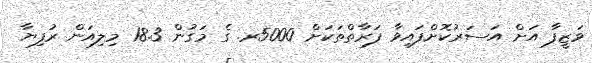
ވަޒީފާ އަށް އަަސަރުކޮށްފައިވާ ފަރާތްތަކަށް 5000ރ. ގެ މަގުން 18.3 މިލިއަން ރުފިޔާ